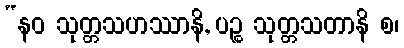
“နဝ သုတ္တသဟဿာနိ, ပဉ္စ သုတ္တသတာနိ စ၊